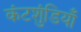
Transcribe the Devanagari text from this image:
कंटशुंडियाँ